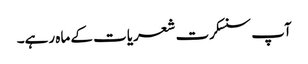
آپ سنسکرت شعریات کے ماہ رہے۔